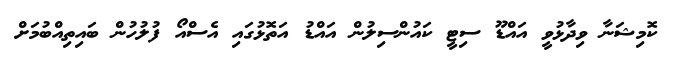
ކޮމިޝަނާ ވިދާޅުވީ އައްޑޫ ސިޓީ ކައުންސިލުން އައްޑު އަތޮޅުގައި އެސްއޯ ފުލުހުން ބައިތިއްބުމަށް